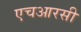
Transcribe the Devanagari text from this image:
एचआरसी